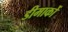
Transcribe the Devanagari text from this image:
डीमार्को